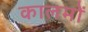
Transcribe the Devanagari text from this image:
कालमों